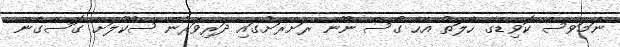
ނަމަވެސް ކޮވިޑްގެ ހާލަތު އެހާ ގޯސް ނޫން ރަށްރަށުގައި ދަރިވަރުން ސުކޫލަށް ގޮސްގެން